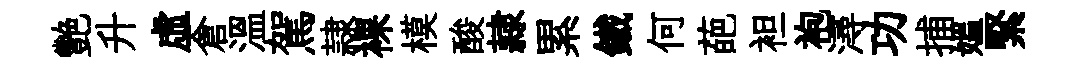
艷升虛倉溫駕隷裸模酸隷累鐵何葩袒袍潯功捕媪緊